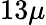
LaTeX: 13\mu